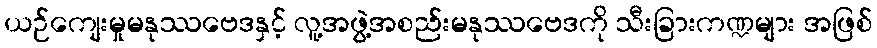
ယဉ်ကျေးမှုမနုဿဗေဒနှင့် လူ့အဖွဲ့အစည်းမနုဿဗေဒကို သီးခြားကဏ္ဍများ အဖြစ်